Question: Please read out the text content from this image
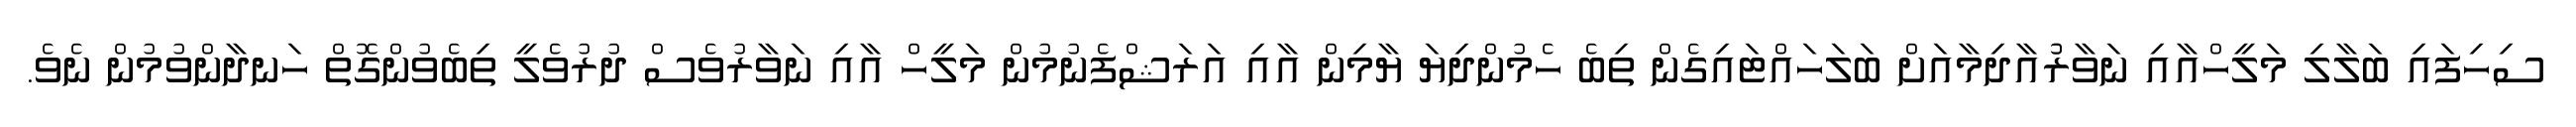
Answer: ސިހިފައި ބަލާލި މަލީހްއާއި ނަވާރުުއާދިމާއަށް ބަލަހައްޓައިގެން ތިބެ ހެމުންދިޔަ ޔާމިން އާއި އަރަޝްފެނުމުން މަލީހް އާއި ނަވާރުވެސް ދުރުވެލީ ތިބެވުންގޮތް ހަނދާންވުމުން ނެވެ.